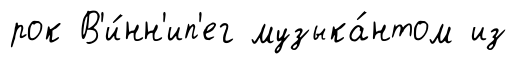
рок В'и́нн'ип'ег музыка́нтом из